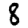
Digit: 8